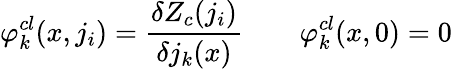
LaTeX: \varphi_{k}^{cl}(x,j_{i})={\frac{\delta Z_{c}(j_{i})}{\delta j_{k}(x)}}\qquad\varphi_{k}^{cl}(x,0)=0